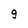
Character: g